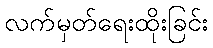
လက်မှတ်ရေးထိုးခြင်း